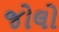
જોલો